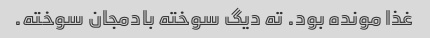
غذا مونده بود. ته دیگ سوخته بادمجان سوخته.